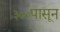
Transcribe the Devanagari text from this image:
३००पासून